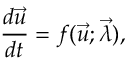
\frac { d \vec { u } } { d t } = f ( \vec { u } ; \vec { \lambda } ) ,